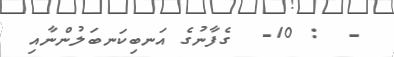
-  : 10-  ގެފާނުގެ އަނބިކަނބަލުންނާއި